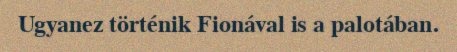
Ugyanez történik Fionával is a palotában.